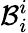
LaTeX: \mathcal B_{i}^{i}